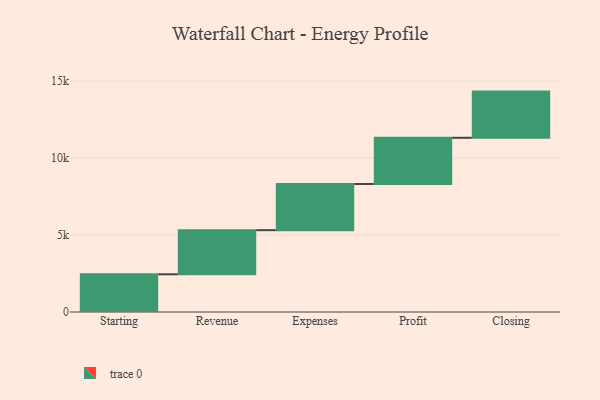
{"axis": {"x": "Step", "y": "Value"}, "legend": [""], "data": [{"x": "Starting", "y": 2449.0, "type": ""}, {"x": "Revenue", "y": 2866.0, "type": ""}, {"x": "Expenses", "y": 3000, "type": ""}, {"x": "Profit", "y": 3000, "type": ""}, {"x": "Closing", "y": 3000, "type": ""}]}